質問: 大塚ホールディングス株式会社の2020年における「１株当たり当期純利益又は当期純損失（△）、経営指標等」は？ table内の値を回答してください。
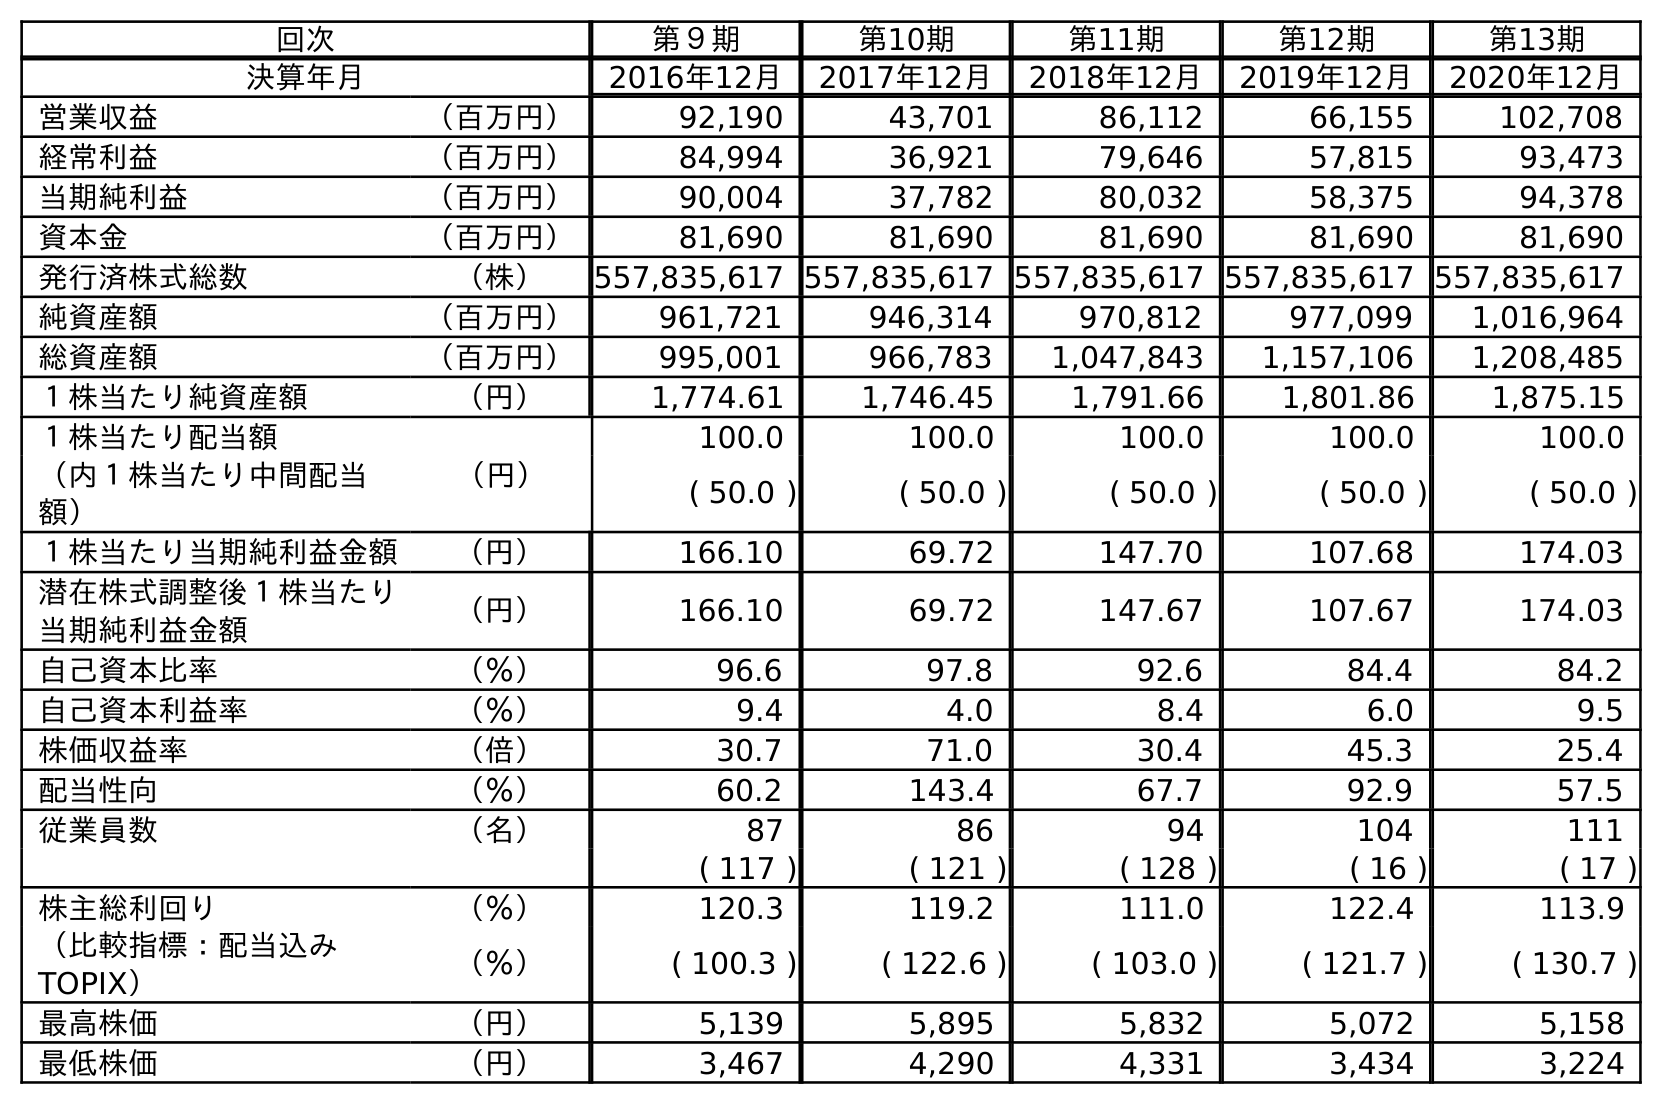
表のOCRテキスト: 回次 第９期 第10期 第11期 第12期 第13期 決算年月 2016年12月 2017年12月 2018年12月 2019年12月 2020年12月 営業収益 （百万円） 92,190 43,701 86,112 66,155 102,708 経常利益 （百万円） 84,994 36,921 79,646 57,815 93,473 当期純利益 （百万円） 90,004 37,782 80,032 58,375 94,378 資本金 （百万円） 81,690 81,690 81,690 81,690 81,690 発行済株式総数 （株） 557,835,617 557,835,617 557,835,617 557,835,617 557,835,617 純資産額 （百万円） 961,721 946,314 970,812 977,099 1,016,964 総資産額 （百万円） 995,001 966,783 1,047,843 1,157,106 1,208,485 １株当たり純資産額 （円） 1,774.61 1,746.45 1,791.66 1,801.86 1,875.15 １株当たり配当額 （円） 100.0 100.0 100.0 100.0 100.0 （内１株当たり中間配当 額） ( 50.0 ) ( 50.0 ) ( 50.0 ) ( 50.0 ) ( 50.0 ) １株当たり当期純利益金額 （円） 166.10 69.72 147.70 107.68 174.03 潜在株式調整後１株当たり 当期純利益金額 （円） 166.10 69.72 147.67 107.67 174.03 自己資本比率 （％） 96.6 97.8 92.6 84.4 84.2 自己資本利益率 （％） 9.4 4.0 8.4 6.0 9.5 株価収益率 （倍） 30.7 71.0 30.4 45.3 25.4 配当性向 （％） 60.2 143.4 67.7 92.9 57.5 従業員数 （名） 87 86 94 104 111 ( 117 ) ( 121 ) ( 128 ) ( 16 ) ( 17 ) 株主総利回り （％） 120.3 119.2 111.0 122.4 113.9 （比較指標：配当込み TOPIX） （％） ( 100.3 ) ( 122.6 ) ( 103.0 ) ( 121.7 ) ( 130.7 ) 最高株価 （円） 5,139 5,895 5,832 5,072 5,158 最低株価 （円） 3,467 4,290 4,331 3,434 3,224
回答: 174.03